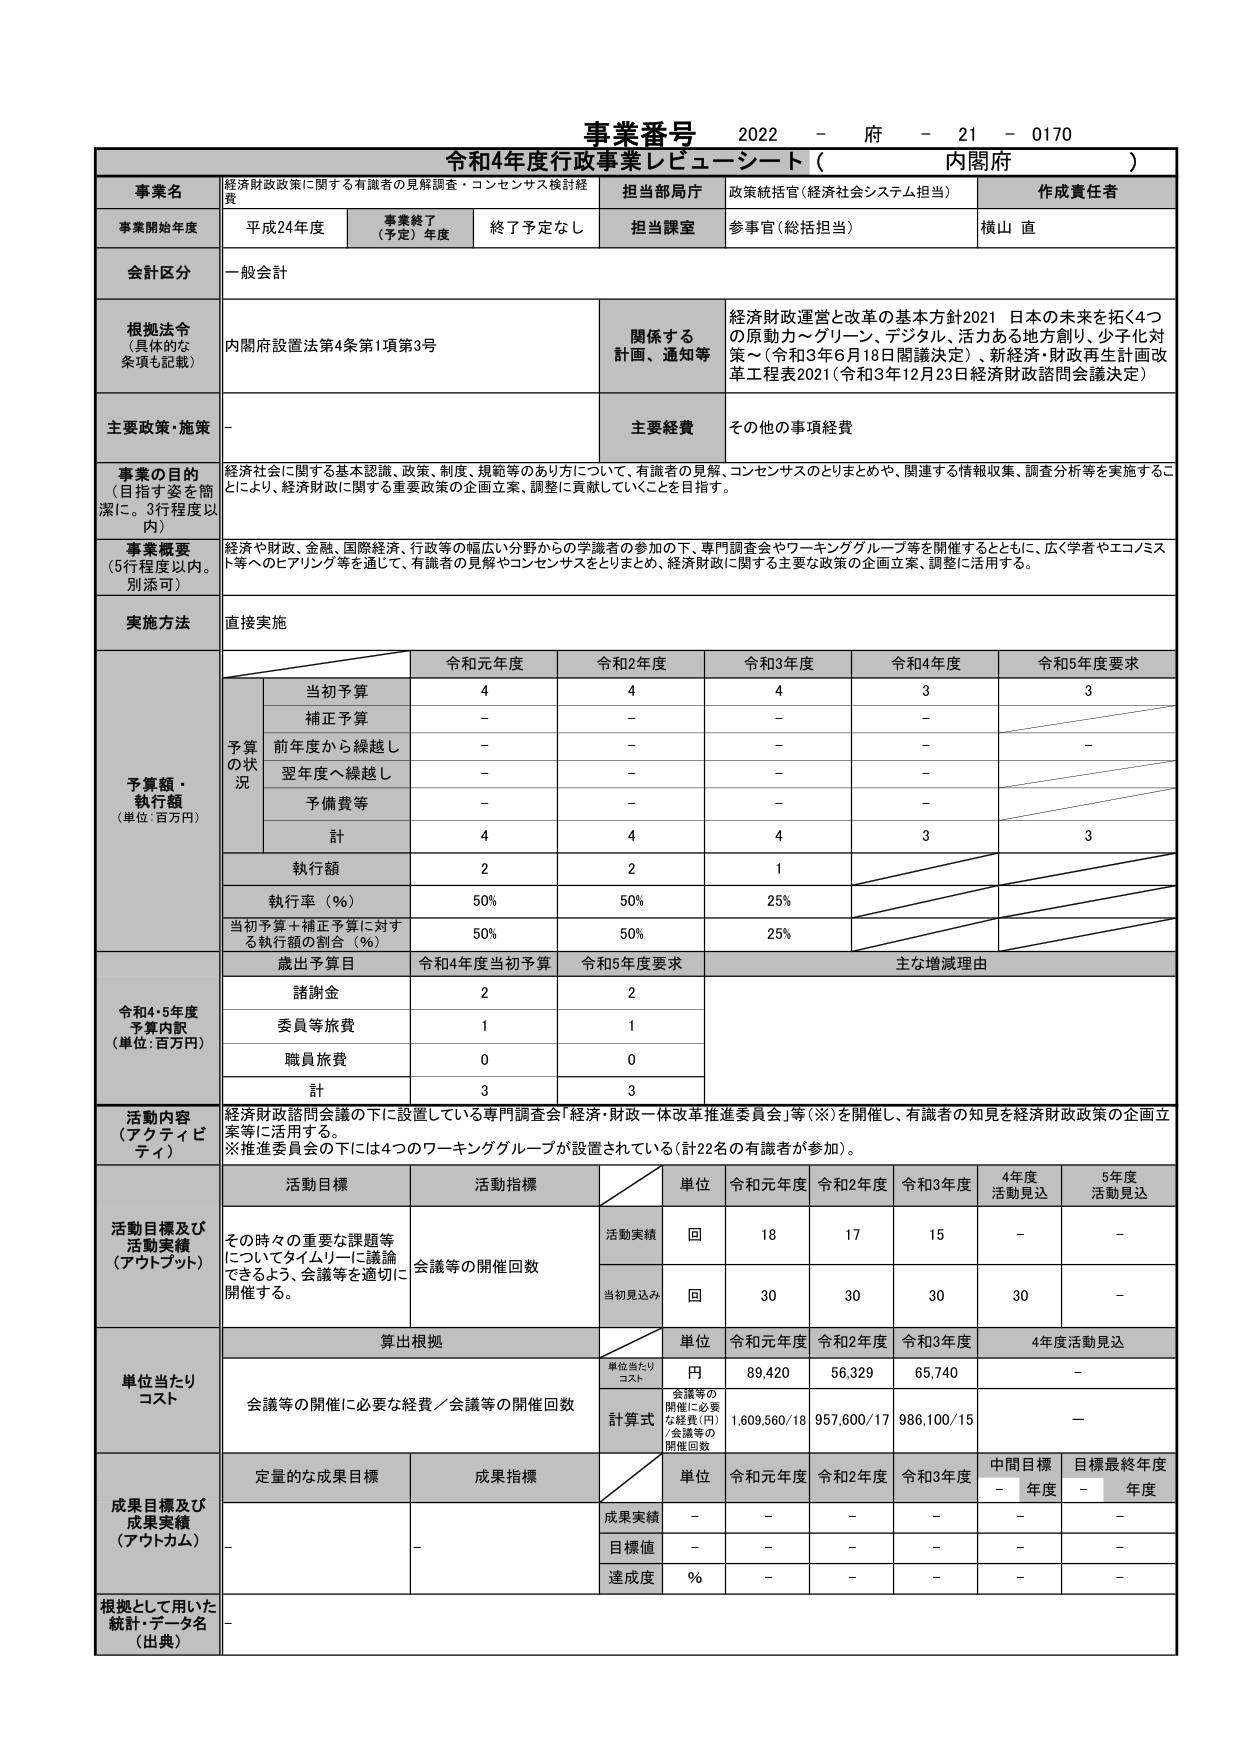
事業番号 2022 - 府 - 21 - 0170
令和4年度行政事業レビュー・シート（ 内閣府 ）

事業名 経済財政政策に関する有識者の見解調査・コンセンサス検討経費
担当局庁 政策統括官（経済社会システム担当）
作成責任者 横山 直

事業開始年度 平成24年度
事業終了（予定）年度 終了予定なし
担当課室 参事官（総括担当）

会計区分 一般会計

根拠法令（具体的な条項も記載） 内閣府設置法第4条第1項第3号
関係する計画、通知等 経済財政運営と改革の基本方針2021 日本の未来を拓く4つの原動力～グリーン、デジタル、活力ある地方創り、少子化対策～（令和3年6月18日閣議決定）、新経済・財政再生計画改革工程表2021（令和3年12月23日経済財政諮問会議決定）

主要政策・施策 -
主要経費 その他の事項経費

事業の目的（目指す姿を簡潔に。3行程度以内） 経済社会に関する基本認識、政策、制度、規範等のあり方について、有識者の見解、コンセンサスのとりまとめや、関連する情報収集、調査分析等を実施することにより、経済財政に関する重要政策の企画立案、調整に貢献していくことを目指す。

事業概要（5行程度以内。別添可） 経済や財政、金融、国際経済、行政等の幅広い分野からの学識者の参加の下、専門調査会やワーキンググループ等を開催するとともに、広く学者やエコノミスト等へのヒアリング等を通じて、有識者の見解やコンセンサスをとりまとめ、経済財政に関する主要な政策の企画立案、調整に活用する。

実施方法 直接実施

予算額・執行額（単位：百万円）
令和元年度 令和2年度 令和3年度 令和4年度 令和5年度要求
当初予算 4 4 4 3 3
補正予算 - - - - -
前年度から繰越し - - - - -
翌年度へ繰越し - - - - -
予備費等 - - - - -
計 4 4 4 3 3
執行額 2 2 1
執行率（％） 50% 50% 25%
当初予算＋補正予算に対する執行額の割合（％） 50% 50% 25%

令和4・5年度予算内訳（単位：百万円）
歳出予算目 令和4年度当初予算 令和5年度要求 主な増減理由
諸謝金 2 2
委員等旅費 1 1
職員旅費 0 0
計 3 3

活動内容（アクティビティ） 経済財政諮問会議の下に設置している専門調査会「経済・財政一体改革推進委員会」等（※）を開催し、有識者の知見を経済財政政策の企画立案等に活用する。
※推進委員会の下には4つのワーキンググループが設置されている（計22名の有識者が参加）。

活動目標及び活動実績（アウトプット）
活動目標 その時々の重要な課題等についてタイムリーに議論できるよう、会議等を適切に開催する。
活動指標 会議等の開催回数
単位 令和元年度 令和2年度 令和3年度 4年度活動見込 5年度活動見込
活動実績 回 18 17 15 - -
当初見込み 回 30 30 30 30 -

単位当たりコスト
算出根拠
単位 令和元年度 令和2年度 令和3年度 4年度活動見込
単位当たりコスト 円 89,420 56,329 65,740 -
計算式 会議等の開催に必要な経費（円）／会議等の開催回数 1,609,560／18 957,600／17 986,100／15 -

成果目標及び成果実績（アウトカム）
定量的な成果目標 -
成果指標 -
単位 令和元年度 令和2年度 令和3年度 中間目標年度 目標最終年度
成果実績 - - - - -
目標値 - - - - -
達成度 ％ - - - - -

根拠として用いた統計・データ名（出典） -